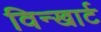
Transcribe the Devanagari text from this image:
विन्खार्ट